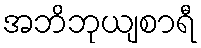
အဘိဘုယျစာရီ